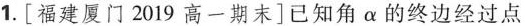
1.[福建厦门2019高一期末]已知角α的终边经过点